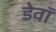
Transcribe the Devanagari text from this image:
डेवॉ